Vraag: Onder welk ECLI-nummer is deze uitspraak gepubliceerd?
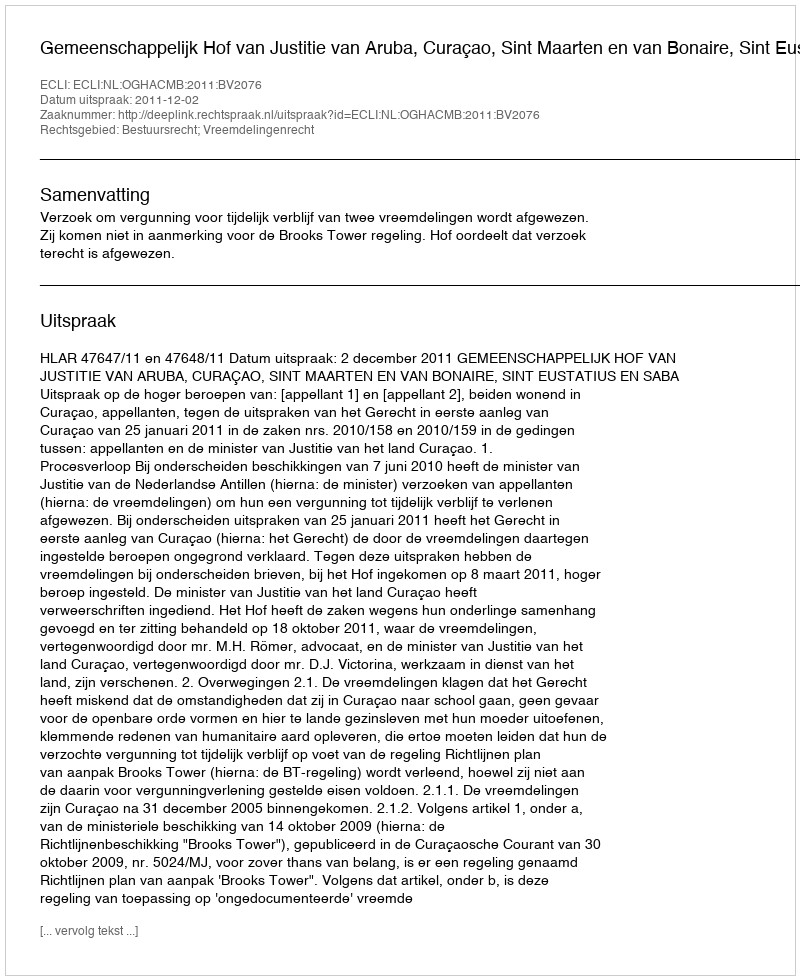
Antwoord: ECLI:NL:OGHACMB:2011:BV2076